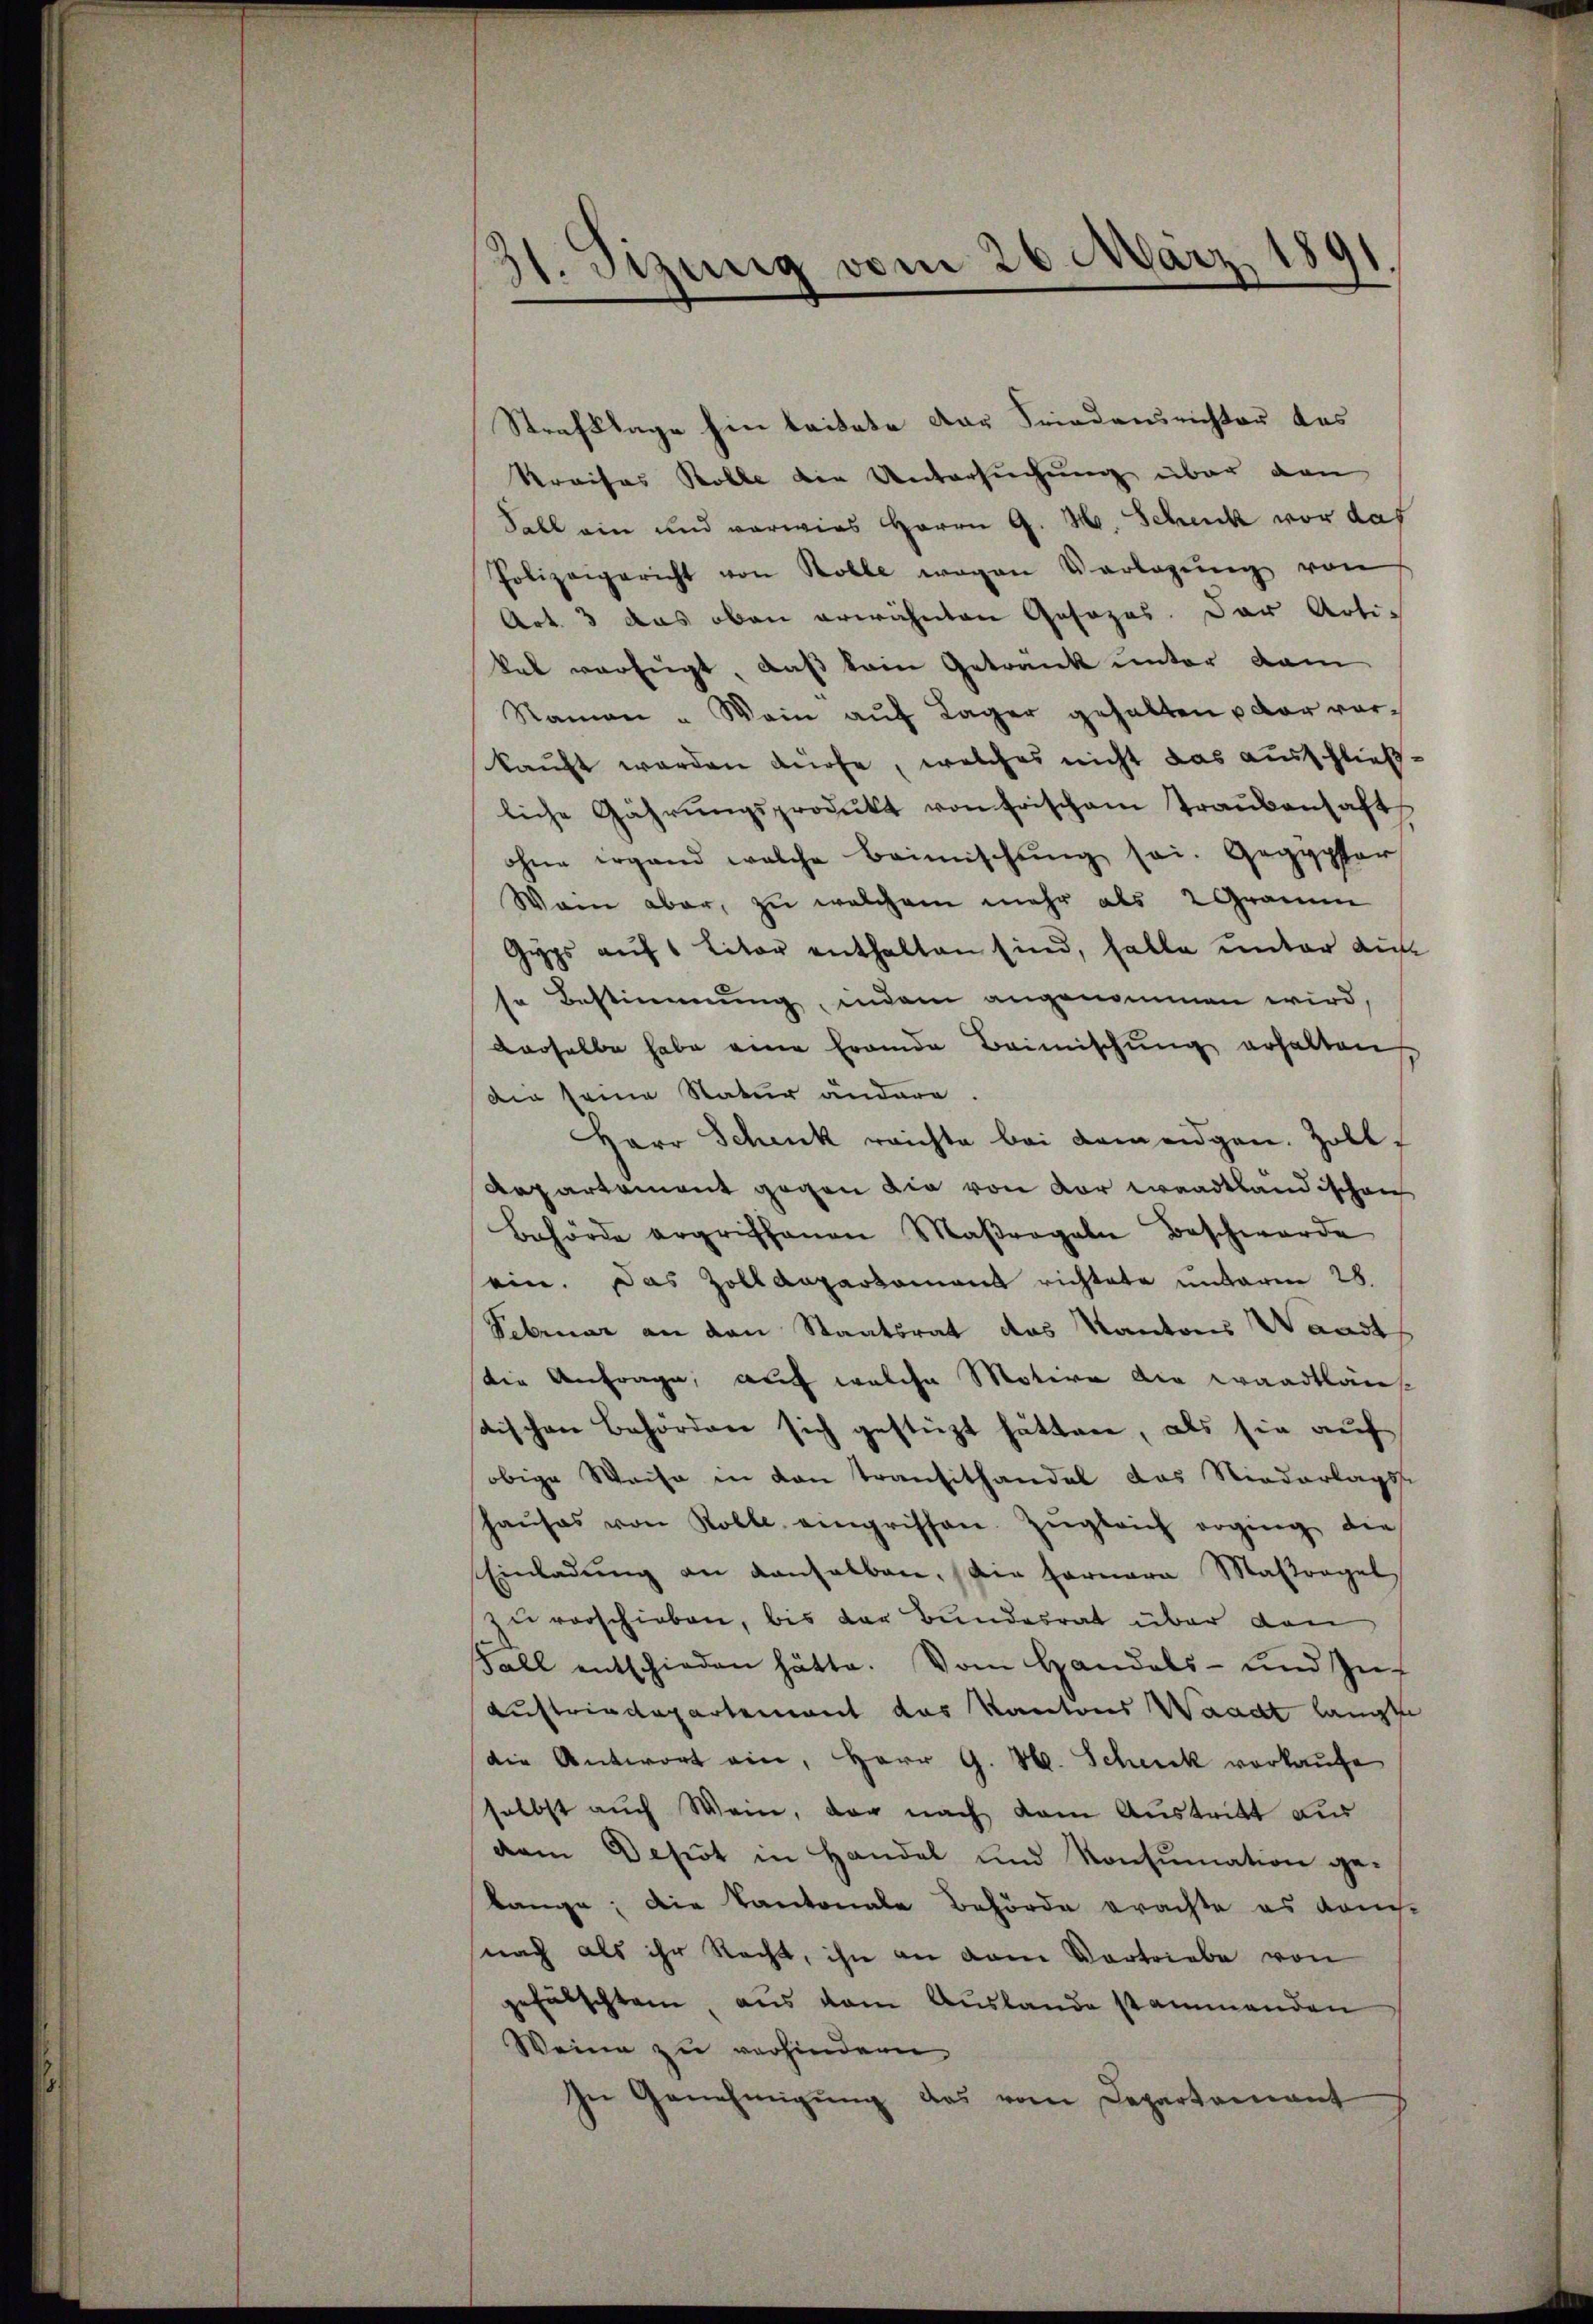
d
t. Sizung vom 26. März
.

Strafklage hin leitete der Friedensrichter das
Kraises Kolle die Untersuchung über den
Fall ein und vorwies Herrn G. H. Schenk vor das
Polizeigericht von Rolle wegen Vorlegŭng von
Art. 3 das oben erwähnten Gosozas. Der Artikal verfügt, daß kein Getränk unter dam
Namen - Wein aŭf Lager gehalten u der vorkauft werden dürfe, welches nicht das ausschließliche Gährŭngsprodukt von frischem Traŭbenhaft
ohne ergand welche Beimischŭng sei. Gegypter
Wann aber, zu welchem mehr als 2 Gramme
Gyps auf 1 Liter enthalten sind, halte unter dies
se Bestimmung, indem angenommen wird,
derselbe habe eine Fremde Beimischung erhalten
Die seine Natur ändere.
Herr Schenk reichte bei Armengen. Zoll¬
Repartement gegen die von vor waadtländischen
Behörde ergriffenen Maβergabe Beschwerde
ein. Das Zolldepartament richtete unterm 28.
Sebruar an den Staatsrat das Kantons Waadt
die Anfrage, auf welche Motive die waadtlän
tischen Behörden sich gestüzt hätten, als sie auf
obige Weise in den Transithandel das Niederlagss
haŭses von Kolle eingriffen. Zŭgleich erging die
Einladŭng an anhalben, die Fornara Maßregel,
zu verschieben, bis der Bundesrat über den
Fall entschieden hätte. Vom Handels- und Zu¬
Auftrindepartement das Kantons Waadt langte
die Antwort ein, Herr G. H. Scheck vorkaufe
selbst auch Wein, der nach dem Austritt aus
dem Depot in Handel und Konsumation gelange; die Kantonale Behörde erachte es auch-
nach als ihr Nacht, ihn an dem Vortriebe von
gefälschtem aus dem Auslande stammenden
Weine zu verhindern
In Genehmigŭng das vom Departamant